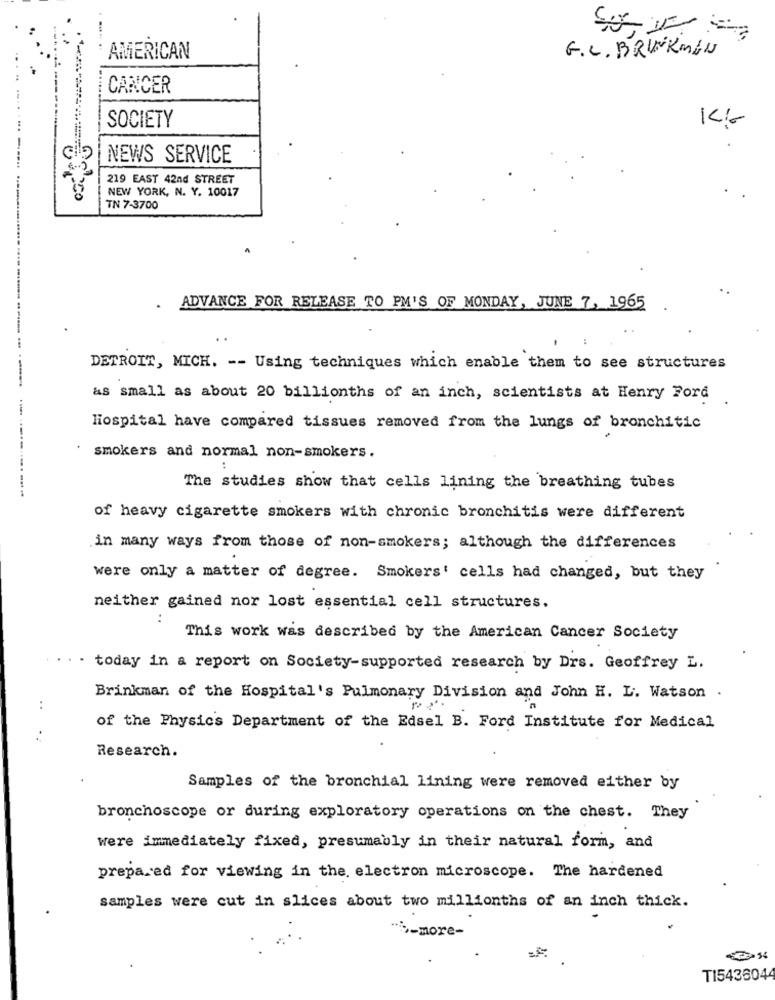
G.L. BRINKMAN
AMERICAN
CANCER
SOCIETY
KG
100
NEWS SERVICE
219 EAST 42nd STREET
NEW YORK, N. Y. 10017
TN 7-3700
.
ADVANCE FOR RELEASE TO PM'S OF MONDAY, JUNE 7, 1965
DETROIT, MICH. -- Using techniques which enable them to see structures
----
as small as about 20 billionths of an inch, scientists at Henry Ford
Hospital have compared tissues removed from the lungs of bronchitic
-------.
smokers and normal non-smokers.
The studies show that cells lining the breathing tubes
of heavy cigarette smokers with chronic bronchitis were different
in many ways from those of non-smokers; although the differences
were only a matter of degree. Smokers' cells had changed, but they
neither gained nor lost essential cell structures.
:
This work was described by the American Cancer Society
. today in a report on Society-supported research by Drs. Geoffrey L.
Brinkman of the Hospital's Pulmonary Division and John H. L. Watson .
..
of the Physics Department of the Edsel B. Ford Institute for Medical
.
Research.
Samples of the bronchial lining were removed either by
bronchoscope or during exploratory operations on the chest. They
were immediately fixed, presumably in their natural form, and
prepared for viewing in the electron microscope. The hardened
samples were cut in slices about two millionths of an inch thick.
-more-
TI5436044